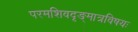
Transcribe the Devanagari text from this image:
परमशिवदृङ्मात्रविषयः